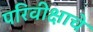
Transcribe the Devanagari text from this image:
परिवीक्षाचे